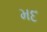
મદ